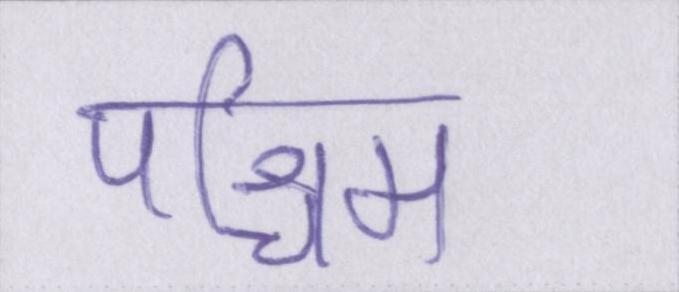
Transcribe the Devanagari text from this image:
पश्चिम